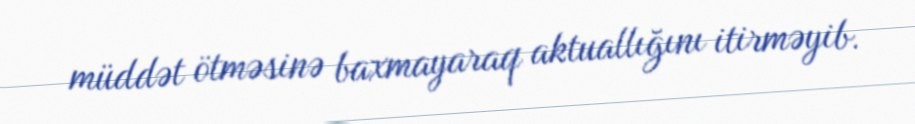
müddət ötməsinə baxmayaraq aktuallığını itirməyib.